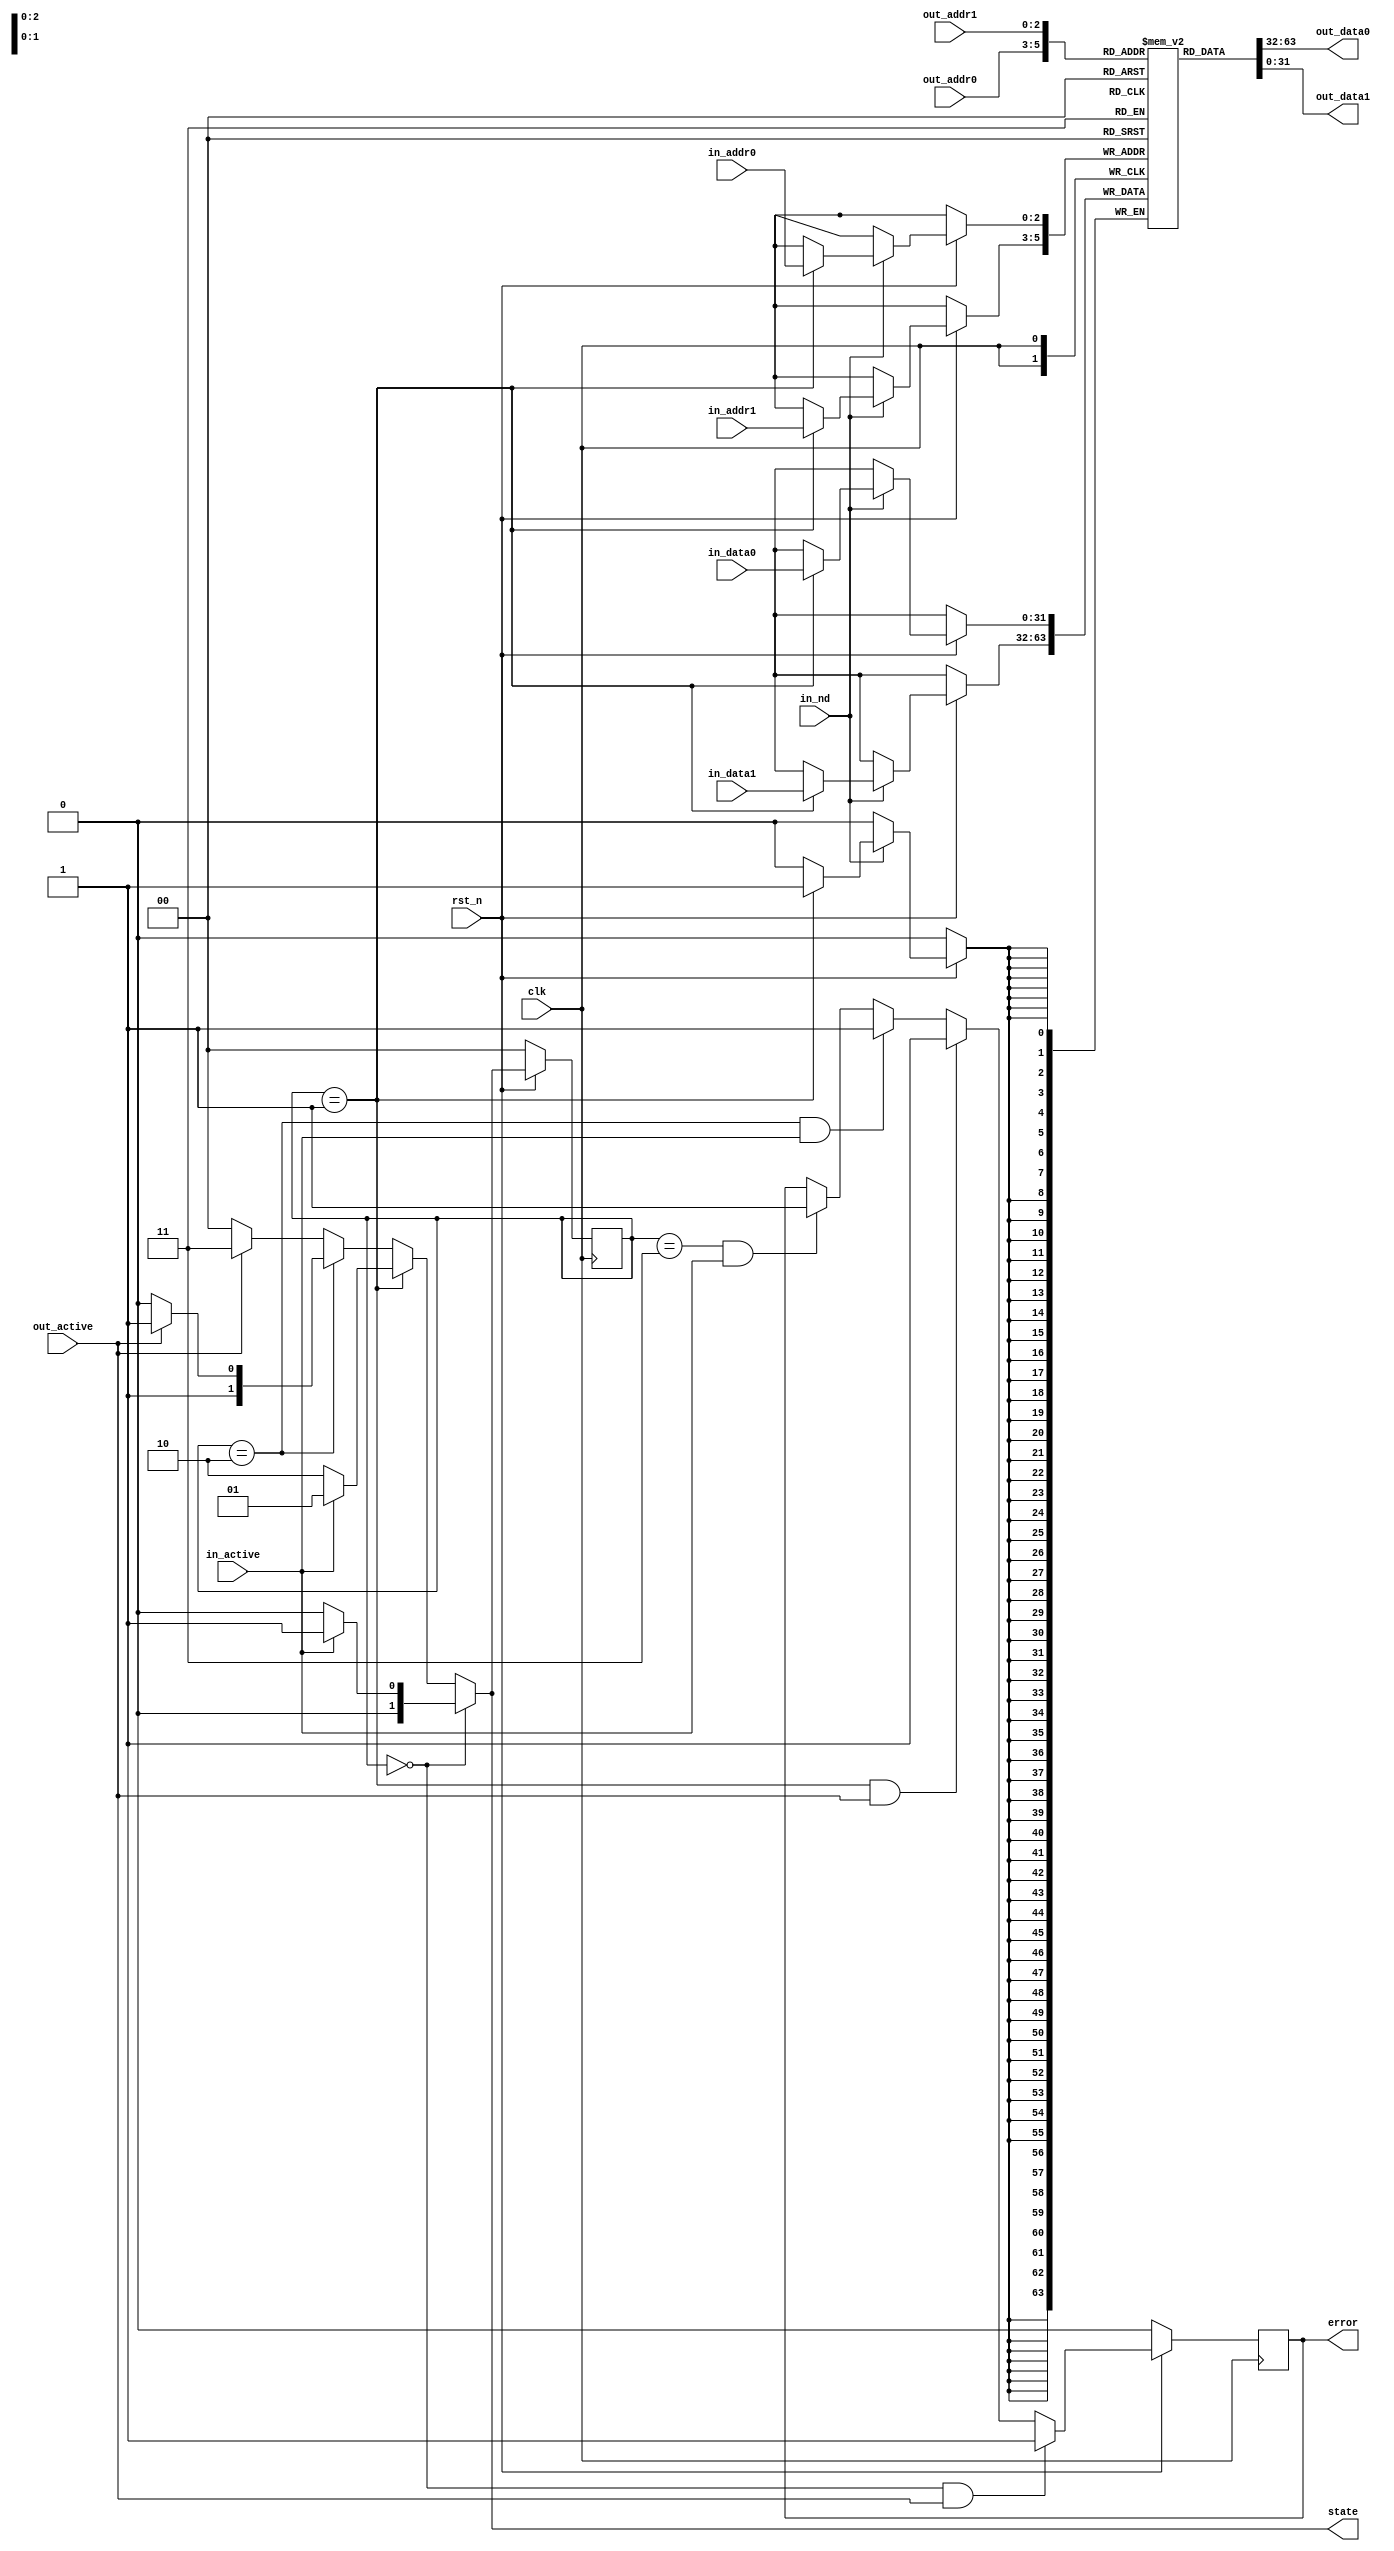
module stage
  #(
    parameter N = 8,
    parameter LOG_N = 3,
    parameter WIDTH = 32
    )
   (
    input wire              clk,
    input wire              rst_n,
    // Input to the stage.
    input wire [LOG_N-1:0]  in_addr0,
    input wire [LOG_N-1:0]  in_addr1, 
    input wire              in_nd,
    input wire [WIDTH-1:0]  in_data0,
    input wire [WIDTH-1:0]  in_data1,
    input wire              in_active,
    // Output from the stage.
    input wire [LOG_N-1:0]  out_addr0,
    input wire [LOG_N-1:0]  out_addr1,
    output wire [WIDTH-1:0] out_data0,
    output wire [WIDTH-1:0] out_data1,
    input wire              out_active,
    output wire [1:0]       state,
    output reg              error
    );

   localparam integer       STAGE_EMPTY = 2'd0;
   localparam integer       STAGE_WRITING = 2'd1;
   localparam integer       STAGE_FULL = 2'd2;
   localparam integer       STAGE_READING = 2'd3;

   reg [1:0]                state_o;
   reg [WIDTH-1:0]          RAM[N-1:0];    
   
   assign out_data0 = RAM[out_addr0];
   assign out_data1 = RAM[out_addr1];

   assign state = (state_o == STAGE_EMPTY)?((in_active)?STAGE_WRITING:STAGE_EMPTY):
                  (state_o == STAGE_WRITING)?((~in_active)?STAGE_FULL:STAGE_WRITING):
                  (state_o == STAGE_FULL)?((out_active)?STAGE_READING:STAGE_FULL):
                  (~out_active)?STAGE_EMPTY:STAGE_READING;

   always @ (posedge clk)
     if (~rst_n)
       begin
          error <= 1'b0;
          state_o <= STAGE_EMPTY;
       end
     else
       begin
          if (in_nd)
            begin
               if (state_o == STAGE_WRITING)
                 begin
                    RAM[in_addr0] <= in_data0;
                    RAM[in_addr1] <= in_data1;
                 end
            end
          state_o <= state;
          if ((state_o == STAGE_EMPTY) & out_active)
            begin
               error <= 1'b1;
               $display("STAGE_EMPTY got out_active");
            end
          else if ((state_o == STAGE_WRITING) & out_active)
            begin
               error <= 1'b1;
               $display("STAGE_WRITING got out_active");
            end
          else if ((state_o == STAGE_FULL) & in_active)
            begin
               error <= 1'b1;
               $display("STAGE_FULL got in_active");
            end
          else if ((state_o == STAGE_READING) & in_active)
            begin
               error <= 1'b1;
               $display("STAGE_READING got in_active");
            end
       end
   
endmodule